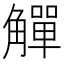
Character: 觶